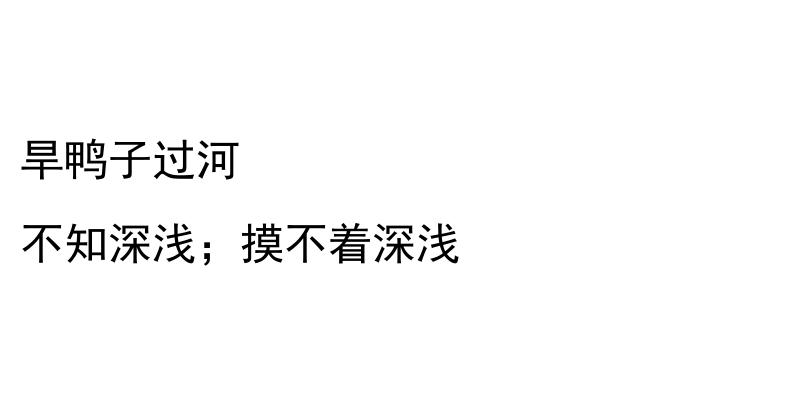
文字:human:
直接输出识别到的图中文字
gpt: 旱鸭子过河 不知深浅；摸不着深浅